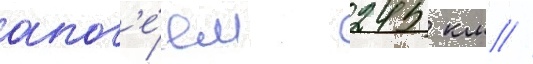
апог'е́ем 245 км //